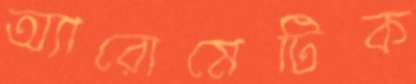
অ্যারোমেটিক